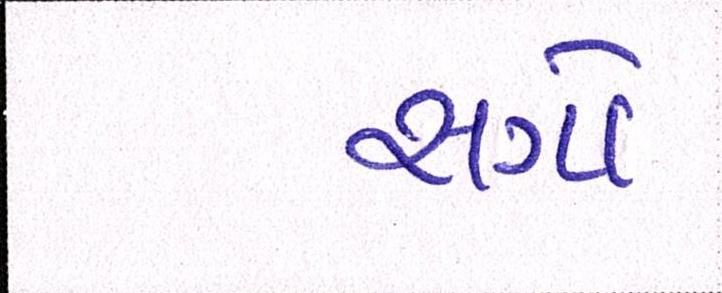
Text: સગો